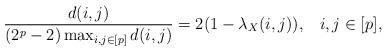
LaTeX: \begin{align*} \frac{d(i,j)}{(2^p-2)\max_{i,j \in [p]}d(i,j)}=2(1-\lambda_X(i,j)),\;\;\; i,j \in [p], \end{align*}